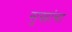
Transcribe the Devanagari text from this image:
सुखांचा